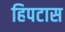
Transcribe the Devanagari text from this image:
हिपटास